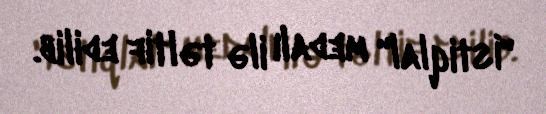
"İstiqlal" medalı ilə təltif edilib.